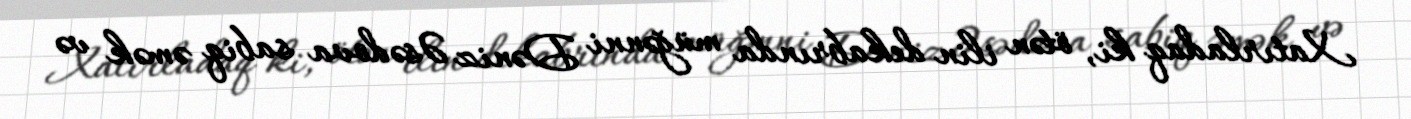
Xatırladaq ki, ötən ilin dekabrında müğənni Dəniz Əsədova sabiq əmək və